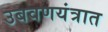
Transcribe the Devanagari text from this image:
उबवणयंत्रात